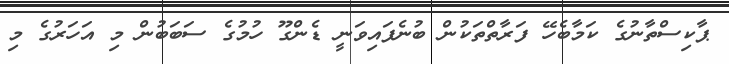
ޕާކިސްތާނުގެ ކަމާބެހޭ ފަރާތްތަކުން ބުނެފައިވަނީ ޑެންގޫ ހުމުގެ ސަބަބުން މި އަހަރުގެ މި